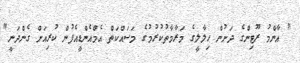
" އާންމު ރޫޓިންގެ ދަށުން ހިލާލީގެ މަރާމާތުކުރުމުގެ މަސައްކަތް އެމްއެންޑީއެފުން ކުރިއަށް ގެންދަނީ"